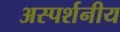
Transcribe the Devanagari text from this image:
अस्पर्शनीय